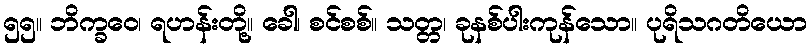
၅၅။ ဘိက္ခဝေ၊ ရဟန်းတို့။ ခေါ၊ စင်စစ်။ သတ္တ၊ ခုနစ်ပါးကုန်သော။ ပုရိသဂတိယော